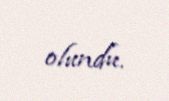
olundu.